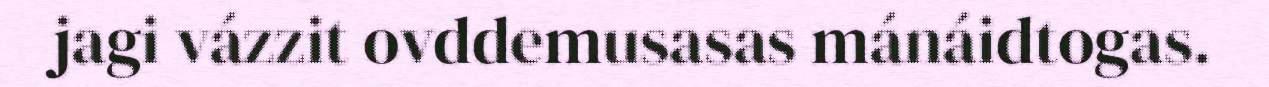
jagi vázzit ovddemusasas mánáidtogas.